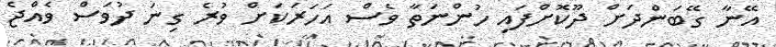
އޭނާ ގޭބަންދަށް ދޫކޮށްފައި ހުންނަތާ ވެސް އަހަރަކަށް ވުރެ ގިނަ ދުވަސް ވެއްޖެ